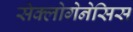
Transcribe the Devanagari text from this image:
सेक्लोगेनेसिस